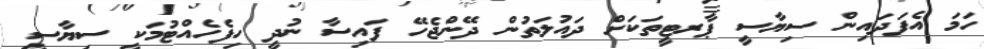
ހަމަ އެފަދައިން ސިޔާސީ ޕާރޓީތަކަށް ދައުލަތުން ދޭންޖެހޭ ފައިސާ ނުދީ ހިފެހެއްޓުމަކީ ސިޔާސީ